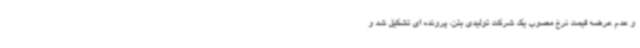
و عدم عرضه قیمت نرخ مصوب یک شرکت تولیدی بتن، پرونده ای تشکیل شد و